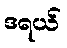
ဒရယ်